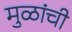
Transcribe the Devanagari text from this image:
मुळांची